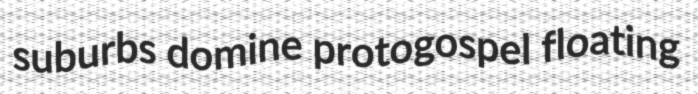
suburbs domine protogospel floating